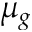
\mu _ { g }